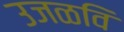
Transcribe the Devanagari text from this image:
उजळवि